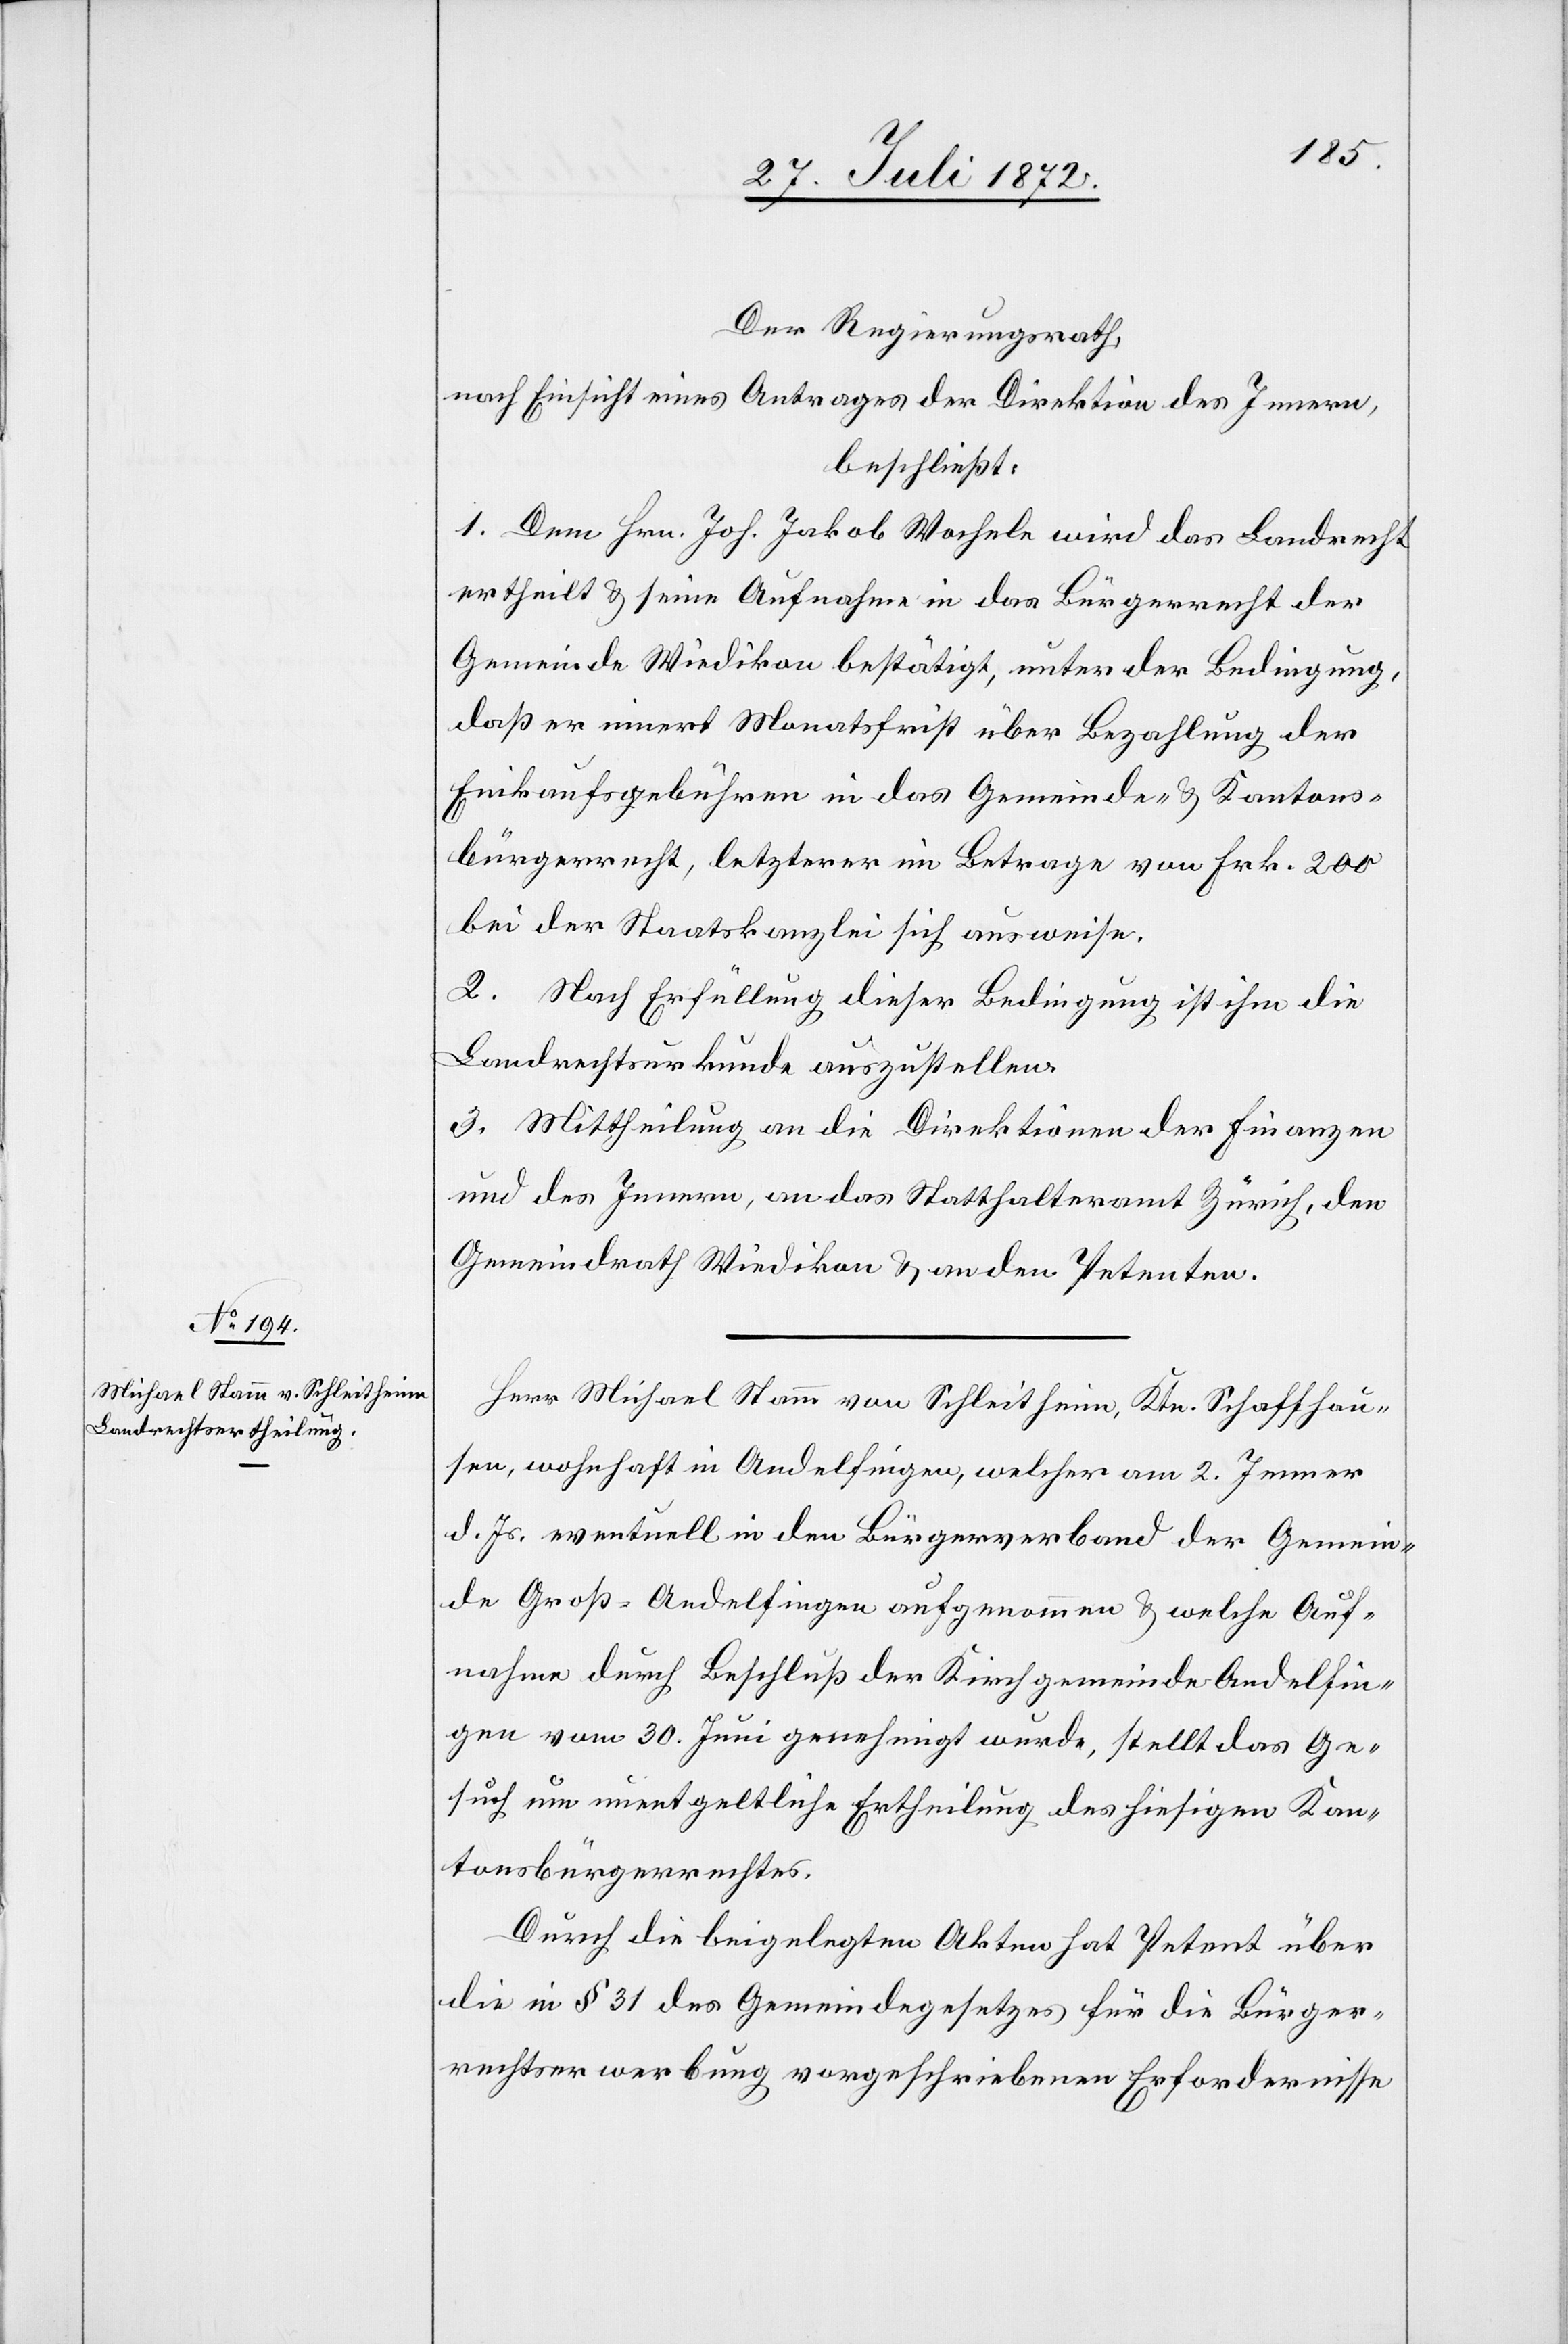
Der Regierungsrath,
nach Einsicht eines Antrages der Direktion des Innern,
beschließt:
1. Dem Hrn. Joh. Jakob Wochele wird das Landrecht
ertheilt u. seine Aufnahme in das Bürgerrecht der
Gemeinde Wiedikon bestätigt, unter der Bedingung,
daß er innert Monatsfrist über Bezahlung der
Einkaufsgebühren in das Gemeinde- u. Kantons¬
bürgerrecht, letzterer im Betrage von Frk. 200
bei der Staatskanzlei sich ausweise.
2. Nach Erfüllung dieser Bedingung ist ihm die
Landrechtsurkunde auszustellen.
3. Mittheilung an die Direktionen der Finanzen
und des Innern, an das Statthalteramt Zürich, den
Gemeindrath Wiedikon u. an den Petenten.
Herr Michael Stamm von Schleitheim, Ktn. Schaffhau¬
sen, wohnhaft in Andelfingen, welcher am 2. Jenner
d. Js. eventuell in den Bürgerverband der Gemein¬
de Groß-Andelfingen aufgenommen u. welche Auf¬
nahme durch Beschluß der Kirchgemeinde Andelfin¬
gen vom 30. Juni genehmigt wurde, stellt das Ge¬
such um unentgeltliche Ertheilung des hiesigen Kan¬
tonsbürgerrechtes.
Durch die beigelegten Akten hat Petent über
die in § 31 des Gemeindegesetzes für die Bürger¬
rechtserwerbung vorgeschriebenen Erfordernisse